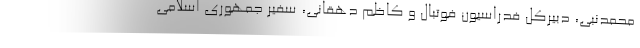
محمدنبی، دبیرکل فدراسیون فوتبال و کاظم دهقانی، سفیر جمهوری اسلامی